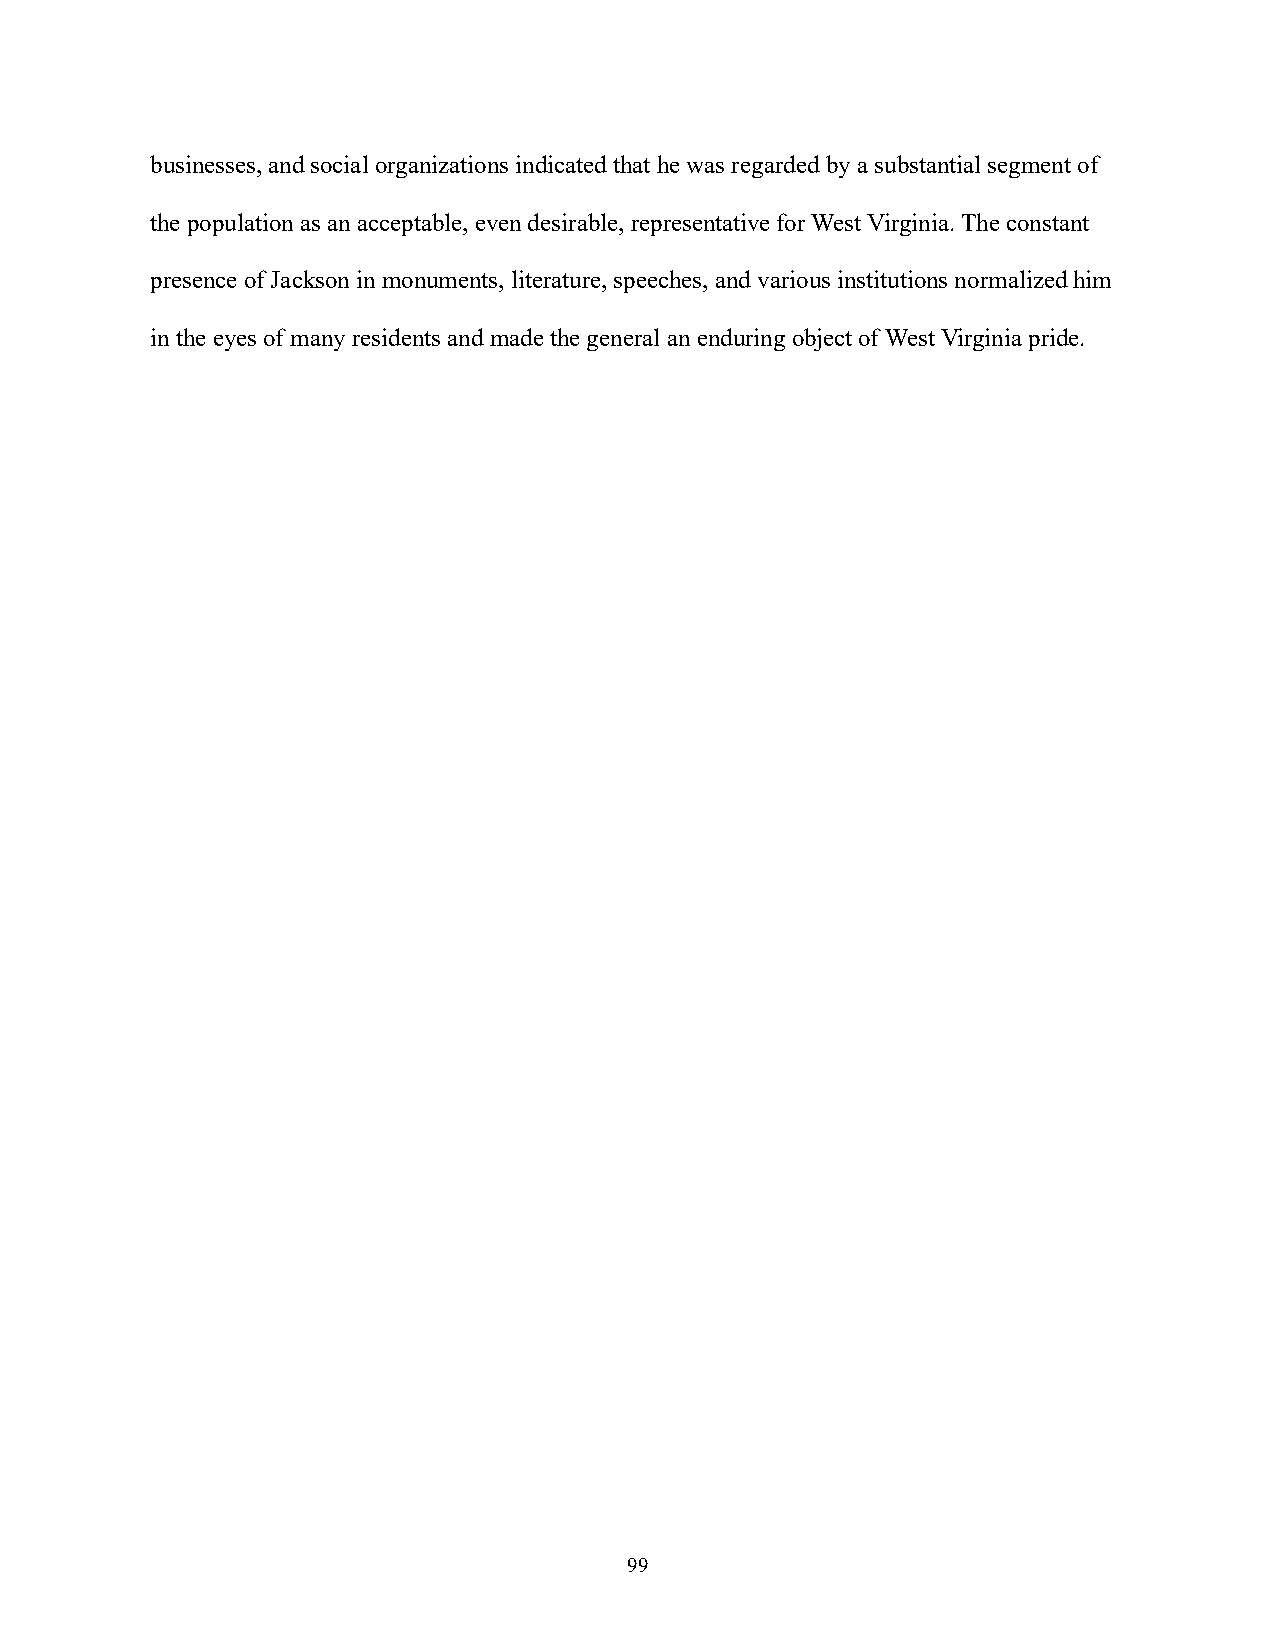
businesses, and social organizations indicated that he was regarded by a substantial segment of
 the population as an acceptable, even desirable, representative for West Virginia. The constant
 presence of Jackson in monuments, literature, speeches, and various institutions normalized him
 in the eyes of many residents and made the general an enduring object of West Virginia pride.
 99